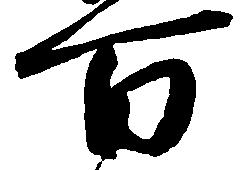
百